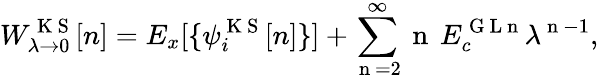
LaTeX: W_{\lambda\to 0}^{\mathrm{~K~S~}}[n]=E_{x}[\{ \psi_{i}^{\mathrm{~K~S~}}[n]\} ]+\sum_{\mathrm{~n~}=2}^{\infty}\mathrm{~n~}\, E_{c}^{\mathrm{~G~L~n~}}\lambda^{\mathrm{~n~}-1},